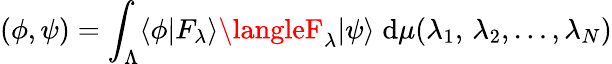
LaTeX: \left(\phi,\psi\right)=\int_{\Lambda}\langle\phi|F_{\lambda}\rangle\langleF_{\lambda}|\psi\rangle\; \mathrm{d}\mu(\lambda_{1},\, \lambda_{2},\dots,\lambda_{N})